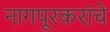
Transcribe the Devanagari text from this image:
नागपूरकरांचे